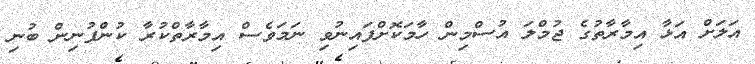
އަލަށް އަޅާ އިމާރާތުގެ ޖުމްލަ އުސްމިން ހާމަކޮށްފައިނުވި ނަމަވެސް އިމާރާތްކުރާ ކުންފުނިން ބުނި